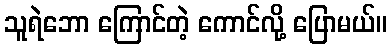
သူရဲဘော ကြောင်တဲ့ ကောင်လို့ ပြောမယ်။